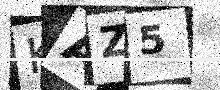
Text: KAZ5